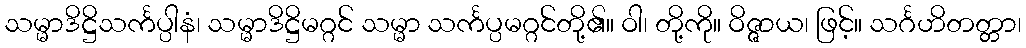
သမ္မာဒိဋ္ဌိသင်္ကပ္ပါနံ၊ သမ္မာဒိဋ္ဌိမဂ္ဂင် သမ္မာ သင်္ကပ္ပမဂ္ဂင်တို့၏။ ဝါ၊ တို့ကို။ ဝိဇ္ဇာယ၊ ဖြင့်။ သင်္ဂဟိတတ္တာ၊